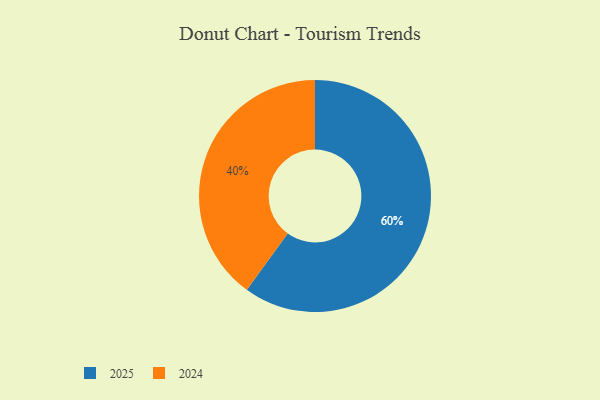
{"axis": {"x": "Category", "y": "Percentage"}, "legend": ["2024", "2025"], "data": [{"x": "2024", "y": 40, "type": "2024"}, {"x": "2025", "y": 60, "type": "2025"}]}